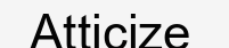
Atticize